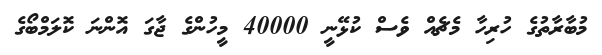
މުބާރާތުގެ ހުރިހާ މެޗެއް ވެސް ކުޅޭނީ 40000 މީހުންގެ ޖާގަ އޮންނަ ކޮލަމްބޯގެ